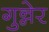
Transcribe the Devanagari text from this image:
गुन्नेर